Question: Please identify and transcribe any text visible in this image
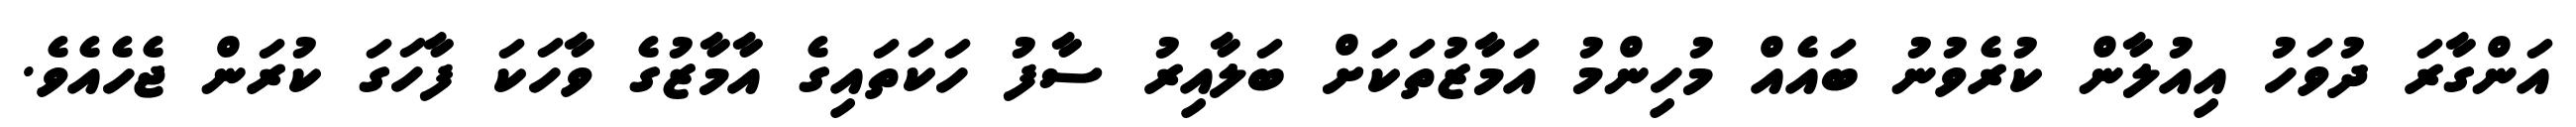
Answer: އަންގާރަ ދުވަހު އިއުލާން ކުރެވުނު ބައެއް މުހިންމު އަމާޒުތަކަށް ބަލާއިރު ސާފު ހަކަތައިގެ އާމާޒުގެ ވާހަކަ ފާހަގަ ކުރަން ޖެހެއެވެ.